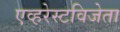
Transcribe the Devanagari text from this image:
एव्हरेस्टविजेता